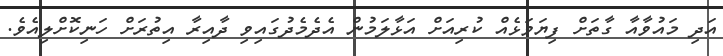
އަދި މައުވާއާ ގާތަށް ފިޔަވަޅެއް ކުރިއަށް އަޅާލަމުން އެދެމެދުގައިވި ދާއިރާ އިތުރަށް ހަނިކޮށްލިއެވެ.